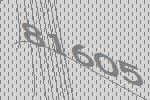
81605